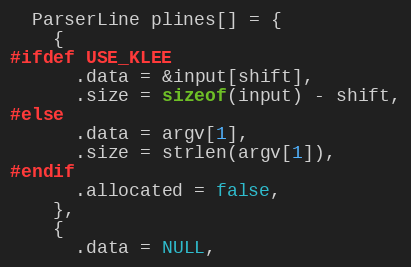
Language: C
  ParserLine plines[] = {
    {
#ifdef USE_KLEE
      .data = &input[shift],
      .size = sizeof(input) - shift,
#else
      .data = argv[1],
      .size = strlen(argv[1]),
#endif
      .allocated = false,
    },
    {
      .data = NULL,